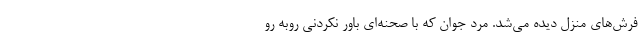
فرش‌های منزل دیده می‌شد. مرد جوان که با صحنه‌ای باور نکردنی روبه رو